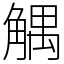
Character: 䚤